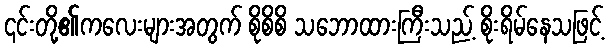
၎င်းတို့၏ကလေးများအတွက် စိုစိစိ သဘောထားကြီးသည့် စိုးရိမ်နေသဖြင့်